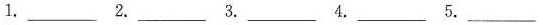
1.___2.___3.___4.___ 5.___